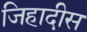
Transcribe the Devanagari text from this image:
जिहादीस